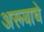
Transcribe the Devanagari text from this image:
अरूबाचे